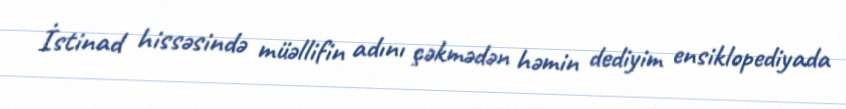
İstinad hissəsində müəllifin adını çəkmədən həmin dediyim ensiklopediyada